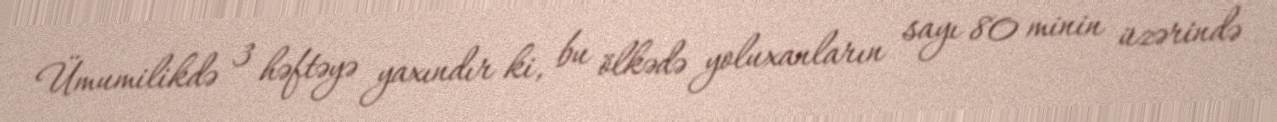
Ümumilikdə 3 həftəyə yaxındır ki, bu ölkədə yoluxanların sayı 80 minin üzərində